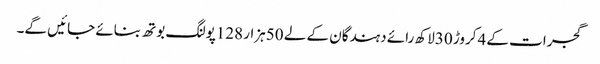
گجرات کے 4کروڑ 30لاکھ رائے دہندگان کے لے 50ہزار 128پولنگ بوتھ بنائے جائیں گے۔